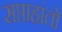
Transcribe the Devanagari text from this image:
सप्ताहांतो